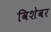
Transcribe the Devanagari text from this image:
विशेवर